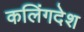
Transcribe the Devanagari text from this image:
कलिंगदेश